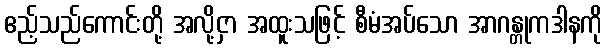
ဧည့်သည်ကောင်းတို့ အလို့ငှာ အထူးသဖြင့် စီမံအပ်သော အာဂန္တုကဒါနကို